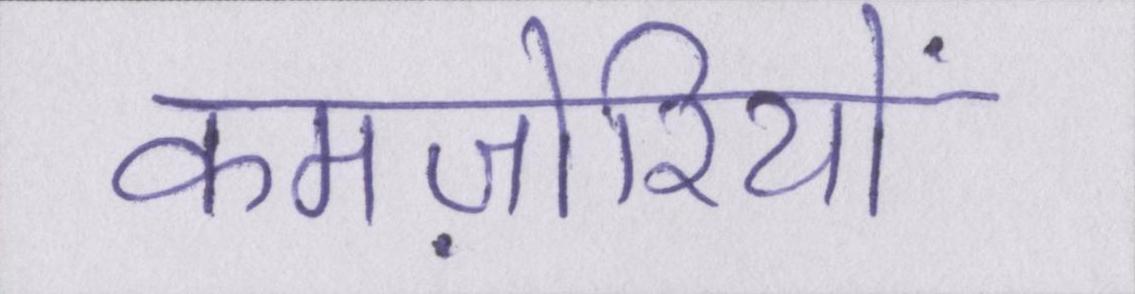
कमज़ोरियों